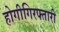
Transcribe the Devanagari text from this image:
होगीगिरफ्तारी